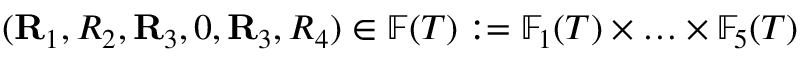
( \mathbf { R } _ { 1 } , R _ { 2 } , \mathbf { R } _ { 3 } , 0 , \mathbf { R } _ { 3 } , R _ { 4 } ) \in \mathbb { F } ( T ) : = \mathbb { F } _ { 1 } ( T ) \times \ldots \times \mathbb { F } _ { 5 } ( T )